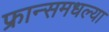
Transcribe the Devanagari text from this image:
फ्रान्समधल्या